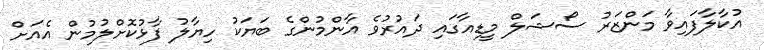
އުކާލާފައިވާ މަންޒަރު ސޯޝަލް މީޑިއާގައި ދައުރުވެ އާންމުންގެ ބަޔަކު ހިޔާލު ފާޅުކޮށްލުމުން އެއަށް